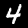
Digit: 4